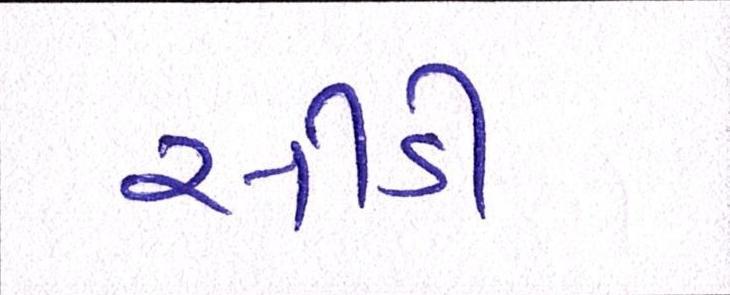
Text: સીડી